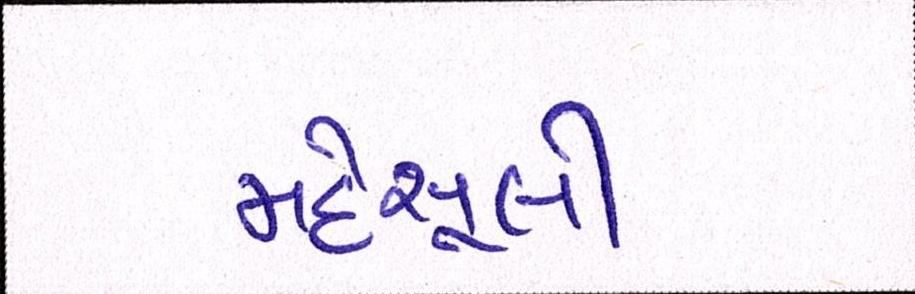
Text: મહેસૂલી